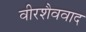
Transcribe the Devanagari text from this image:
वीरशैववाद